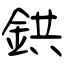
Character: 鉷